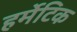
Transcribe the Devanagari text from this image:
हर्मेटिक